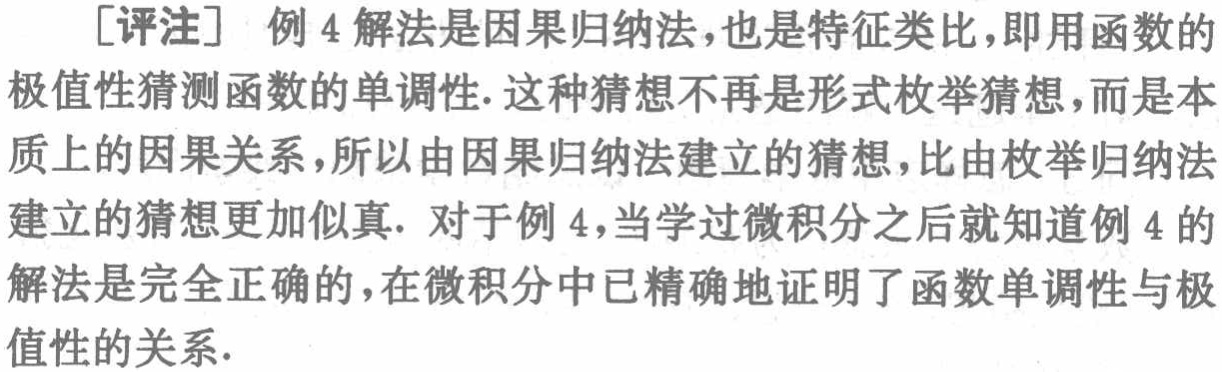
[评注] 例 4 解法是因果归纳法,也是特征类比,即用函数的极值性猜测函数的单调性. 这种猜想不再是形式枚举猜想,而是本质上的因果关系,所以由因果归纳法建立的猜想,比由枚举归纳法建立的猜想更加似真. 对于例 4,当学过微积分之后就知道例 4 的解法是完全正确的,在微积分中已精确地证明了函数单调性与极值性的关系.